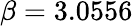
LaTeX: \beta=3.0556